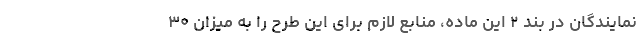
نمایندگان در بند ۲ این ماده، منابع لازم برای این طرح را به میزان ۳۰